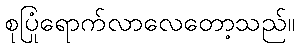
စုပြုံရောက်လာလေတော့သည်။